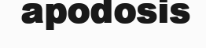
apodosis